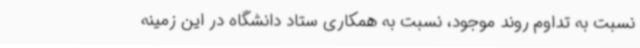
نسبت به تداوم روند موجود، نسبت به همکاری ستاد دانشگاه در این زمینه